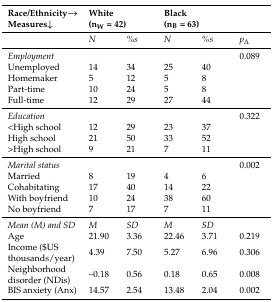
<table><thead><tr><td><b>Race/Ethnicity→Measures↓</b></td><td colspan="2"><b>White(n<sub>W</sub> = 42)</b></td><td colspan="2"><b>Black(n<sub>B</sub> = 63)</b></td><td></td></tr></thead><tbody><tr><td></td><td><i>N</i></td><td><i>%s</i></td><td><i>N</i></td><td><i>%s</i></td><td><i>p<sub>∆</sub></i></td></tr><tr><td><i>Employment</i></td><td></td><td></td><td></td><td></td><td>0.089</td></tr><tr><td>Unemployed</td><td>14</td><td>34</td><td>25</td><td>40</td><td></td></tr><tr><td>Homemaker</td><td>5</td><td>12</td><td>5</td><td>8</td><td></td></tr><tr><td>Part-time</td><td>10</td><td>24</td><td>5</td><td>8</td><td></td></tr><tr><td>Full-time</td><td>12</td><td>29</td><td>27</td><td>44</td><td></td></tr><tr><td><i>Education</i></td><td></td><td></td><td></td><td></td><td>0.322</td></tr><tr><td>&lt;High school</td><td>12</td><td>29</td><td>23</td><td>37</td><td></td></tr><tr><td>High school</td><td>21</td><td>50</td><td>33</td><td>52</td><td></td></tr><tr><td>&gt;High school</td><td>9</td><td>21</td><td>7</td><td>11</td><td></td></tr><tr><td><i>Marital status</i></td><td></td><td></td><td></td><td></td><td>0.002</td></tr><tr><td>Married</td><td>8</td><td>19</td><td>4</td><td>6</td><td></td></tr><tr><td>Cohabitating</td><td>17</td><td>40</td><td>14</td><td>22</td><td></td></tr><tr><td>With boyfriend</td><td>10</td><td>24</td><td>38</td><td>60</td><td></td></tr><tr><td>No boyfriend</td><td>7</td><td>17</td><td>7</td><td>11</td><td></td></tr><tr><td><i>Mean (M) and SD</i></td><td><i>M</i></td><td><i>SD</i></td><td><i>M</i></td><td><i>SD</i></td><td></td></tr><tr><td>Age</td><td>21.90</td><td>3.36</td><td>22.46</td><td>3.71</td><td>0.219</td></tr><tr><td>Income ($US thousands/year)</td><td>4.39</td><td>7.50</td><td>5.27</td><td>6.96</td><td>0.306</td></tr><tr><td>Neighborhood disorder (NDis)</td><td>–0.18</td><td>0.56</td><td>0.18</td><td>0.65</td><td>0.008</td></tr><tr><td>BIS anxiety (Anx)</td><td>14.57</td><td>2.54</td><td>13.48</td><td>2.04</td><td>0.002</td></tr></tbody></table>